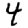
Digit: 4